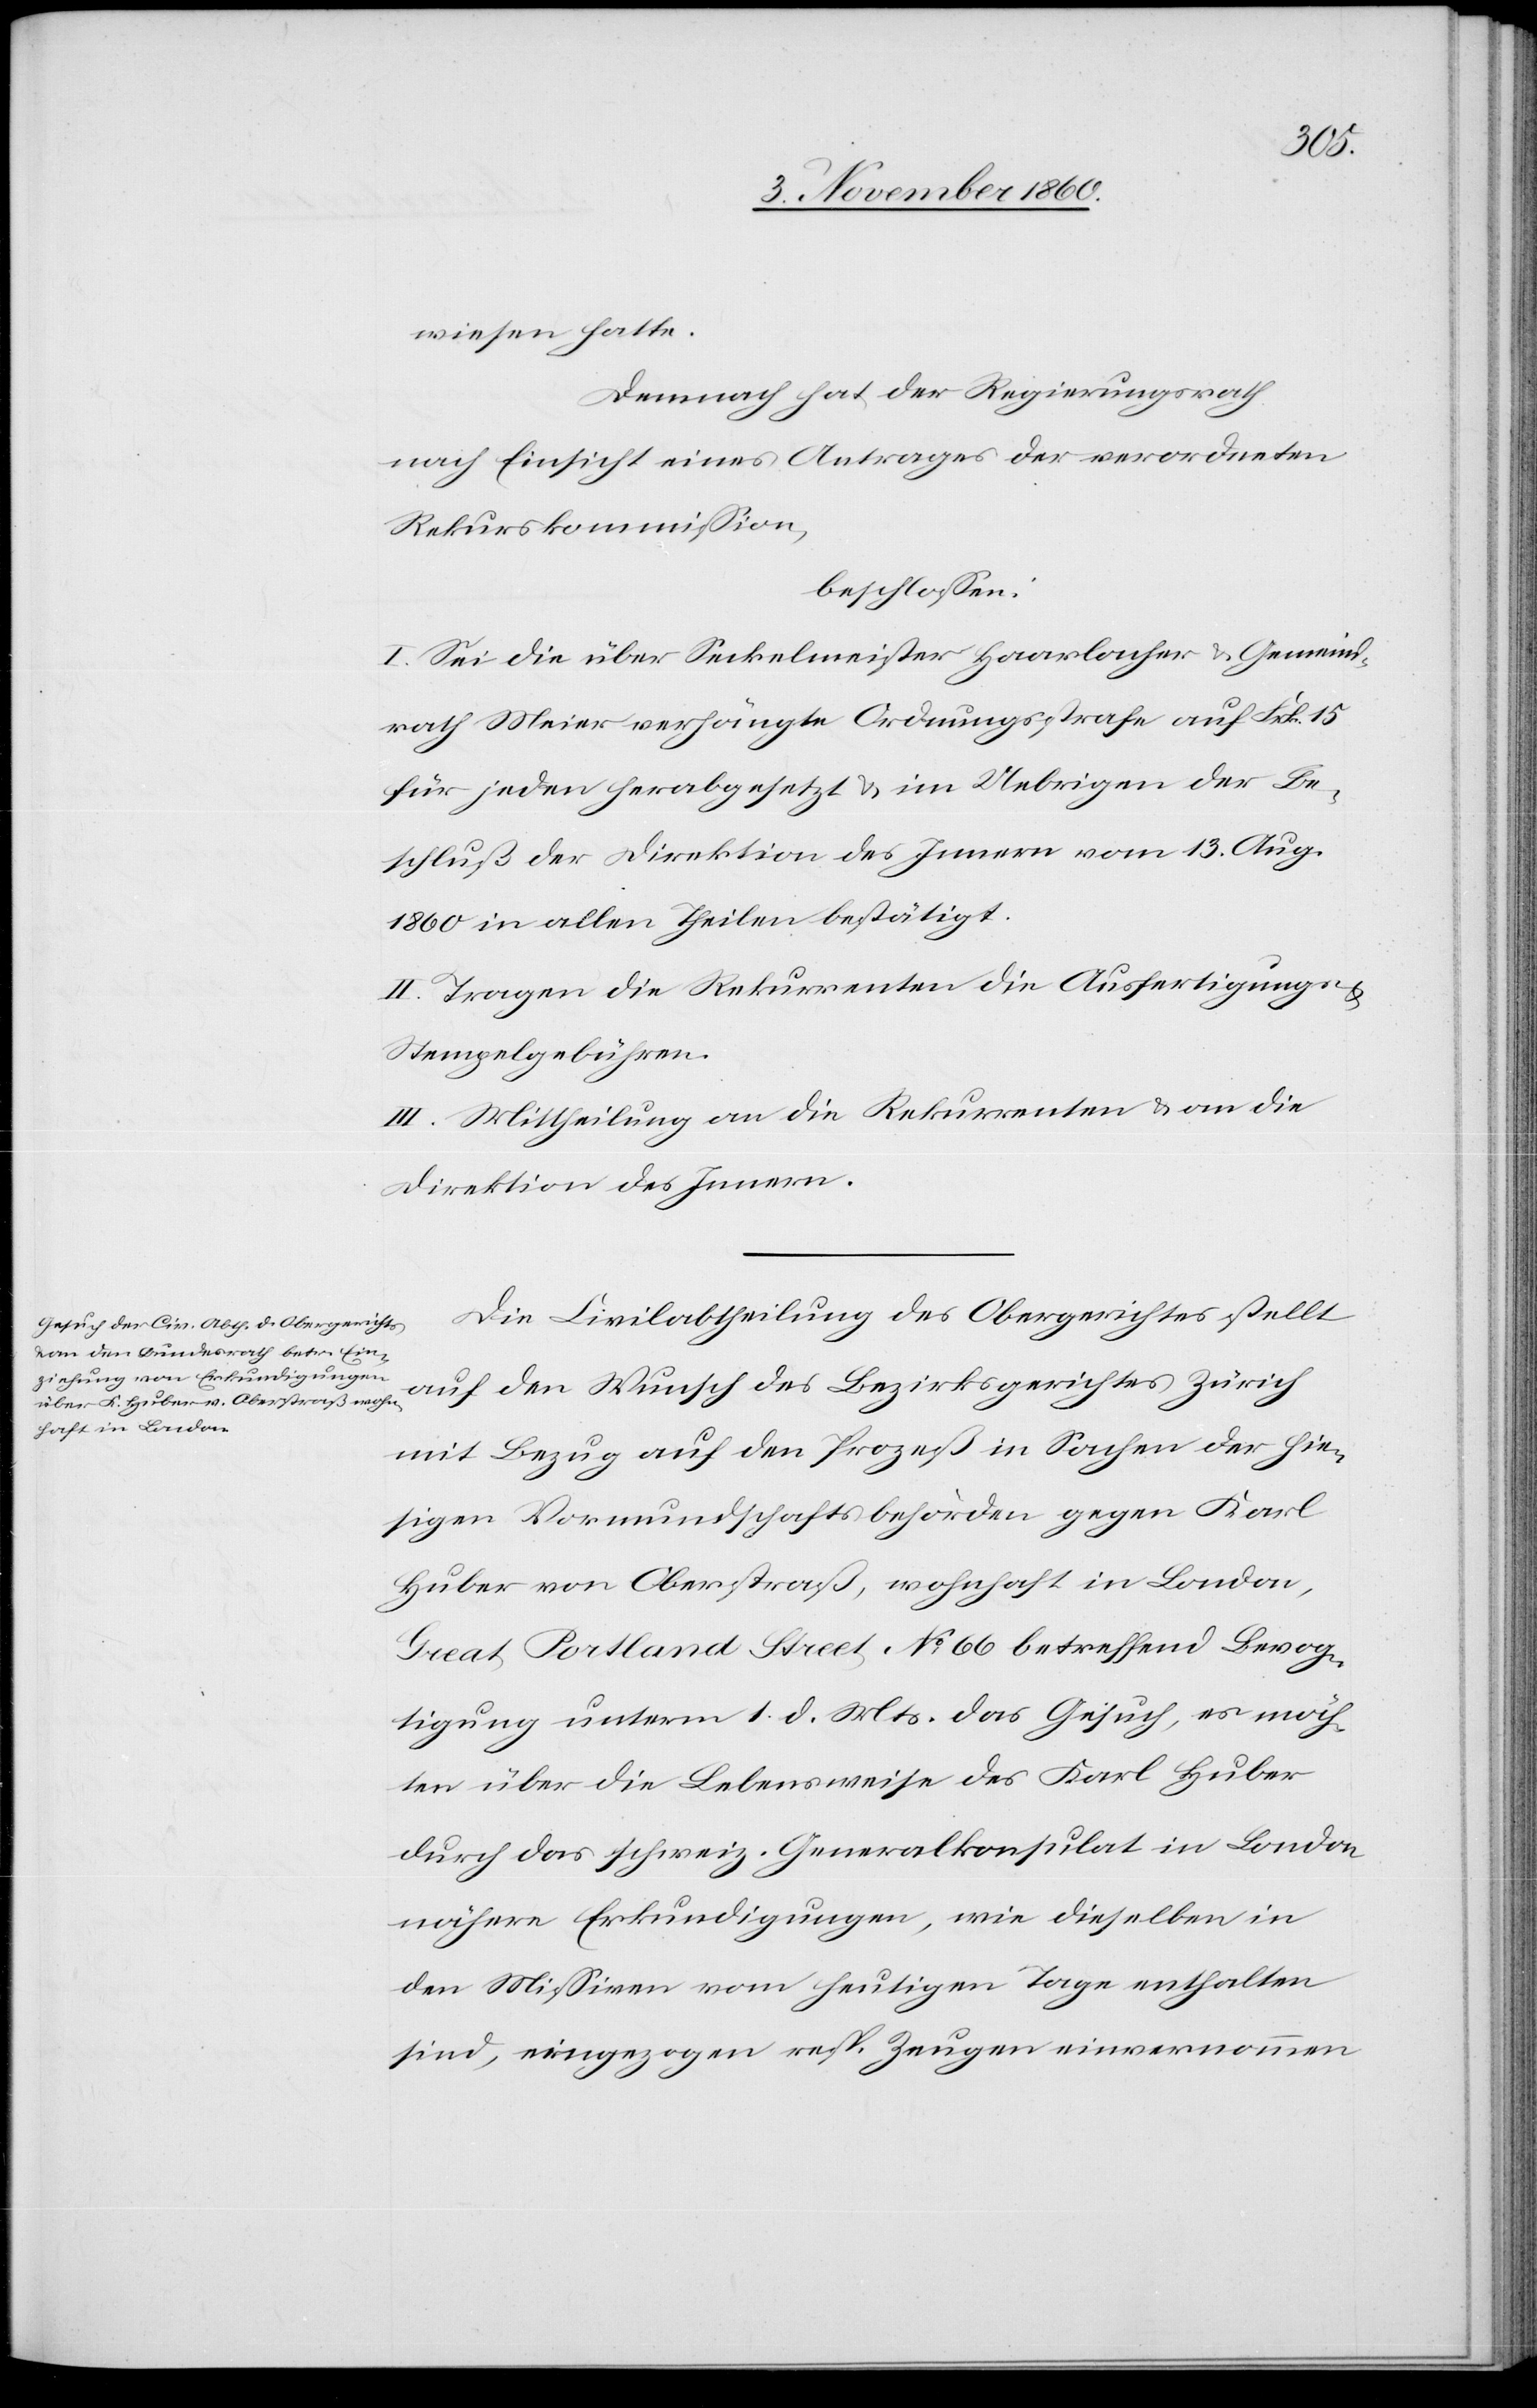
wiesen hatte.
Demnach hat der Regierungsrath
nach Einsicht eines Antrages der verordneten
Rekurskommission,
beschlossen:
I. Sei die über Seckelmeister Haarlacher u. Gemeind¬
rath Meier verhängte Ordnungsstrafe auf Frk. 15
für jeden herabgesetzt u. im Uebrigen der Be¬
schluß der Direktion des Innern vom 13. Aug.
1860 in allen Theilen bestätigt.
II. Tragen die Rekurrenten die Ausfertigungs- u.
Stempelgebühren.
III. Mittheilung an die Rekurrenten u. an die
Direktion des Innern.
Die Civilabtheilung des Obergerichtes stellt
auf den Wunsch des Bezirksgerichtes Zürich
mit Bezug auf den Prozeß in Sachen der hie¬
sigen Vormundschaftsbehörden gegen Karl
Huber von Oberstraß, wohnhaft in London,
Beat Portland Street No 66 betreffend Bevog¬
tigung unterm 1. d. Mts. das Gesuch, es möch¬
ten über die Lebensweise des Karl Huber
durch das schweiz. Generalkonsulat in London
nähere Erkundigungen, wie dieselben in
den Missiven vom heutigen Tage enthalten
sind, eingezogen resp. Zeugen einvernommen